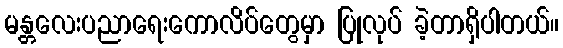
မန္တလေးပညာရေးကောလိပ်တွေမှာ ပြုလုပ် ခဲ့တာရှိပါတယ်။